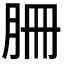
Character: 𦙱